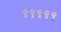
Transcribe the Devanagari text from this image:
९९९९९